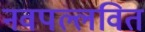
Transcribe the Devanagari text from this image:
नवपल्लवित